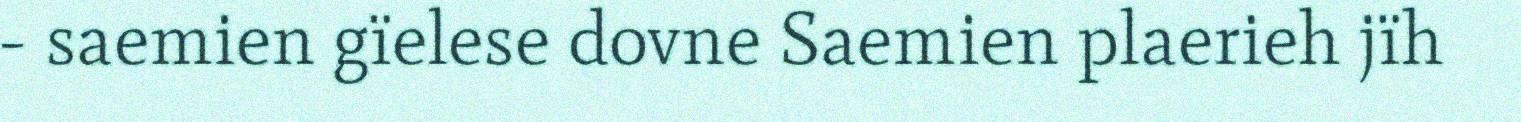
- saemien gïelese dovne Saemien plaerieh jïh